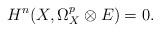
LaTeX: \begin{align*} H^n(X,\Omega_X^p\otimes E)=0. \end{align*}